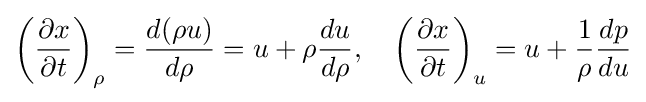
\left({\frac {\partial x}{\partial t}}\right)_{\rho }={\frac {d(\rho u)}{d\rho }}=u+\rho {\frac {du}{d\rho }},\quad \left({\frac {\partial x}{\partial t}}\right)_{u}=u+{\frac {1}{\rho }}{\frac {dp}{du}}